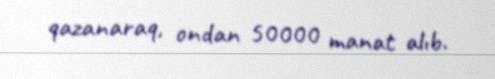
qazanaraq, ondan 50000 manat alıb.